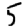
Digit: 5